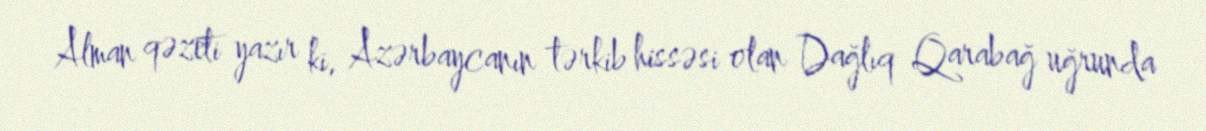
Alman qəzeti yazır ki, Azərbaycanın tərkib hissəsi olan Dağlıq Qarabağ uğrunda